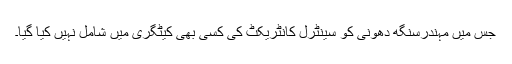
جس میں مہندرسنگھ دھونی کو سینٹرل کانٹریکٹ کی کسی بھی کیٹگری میں شامل نہیں کیا گیا۔